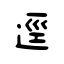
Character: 逕